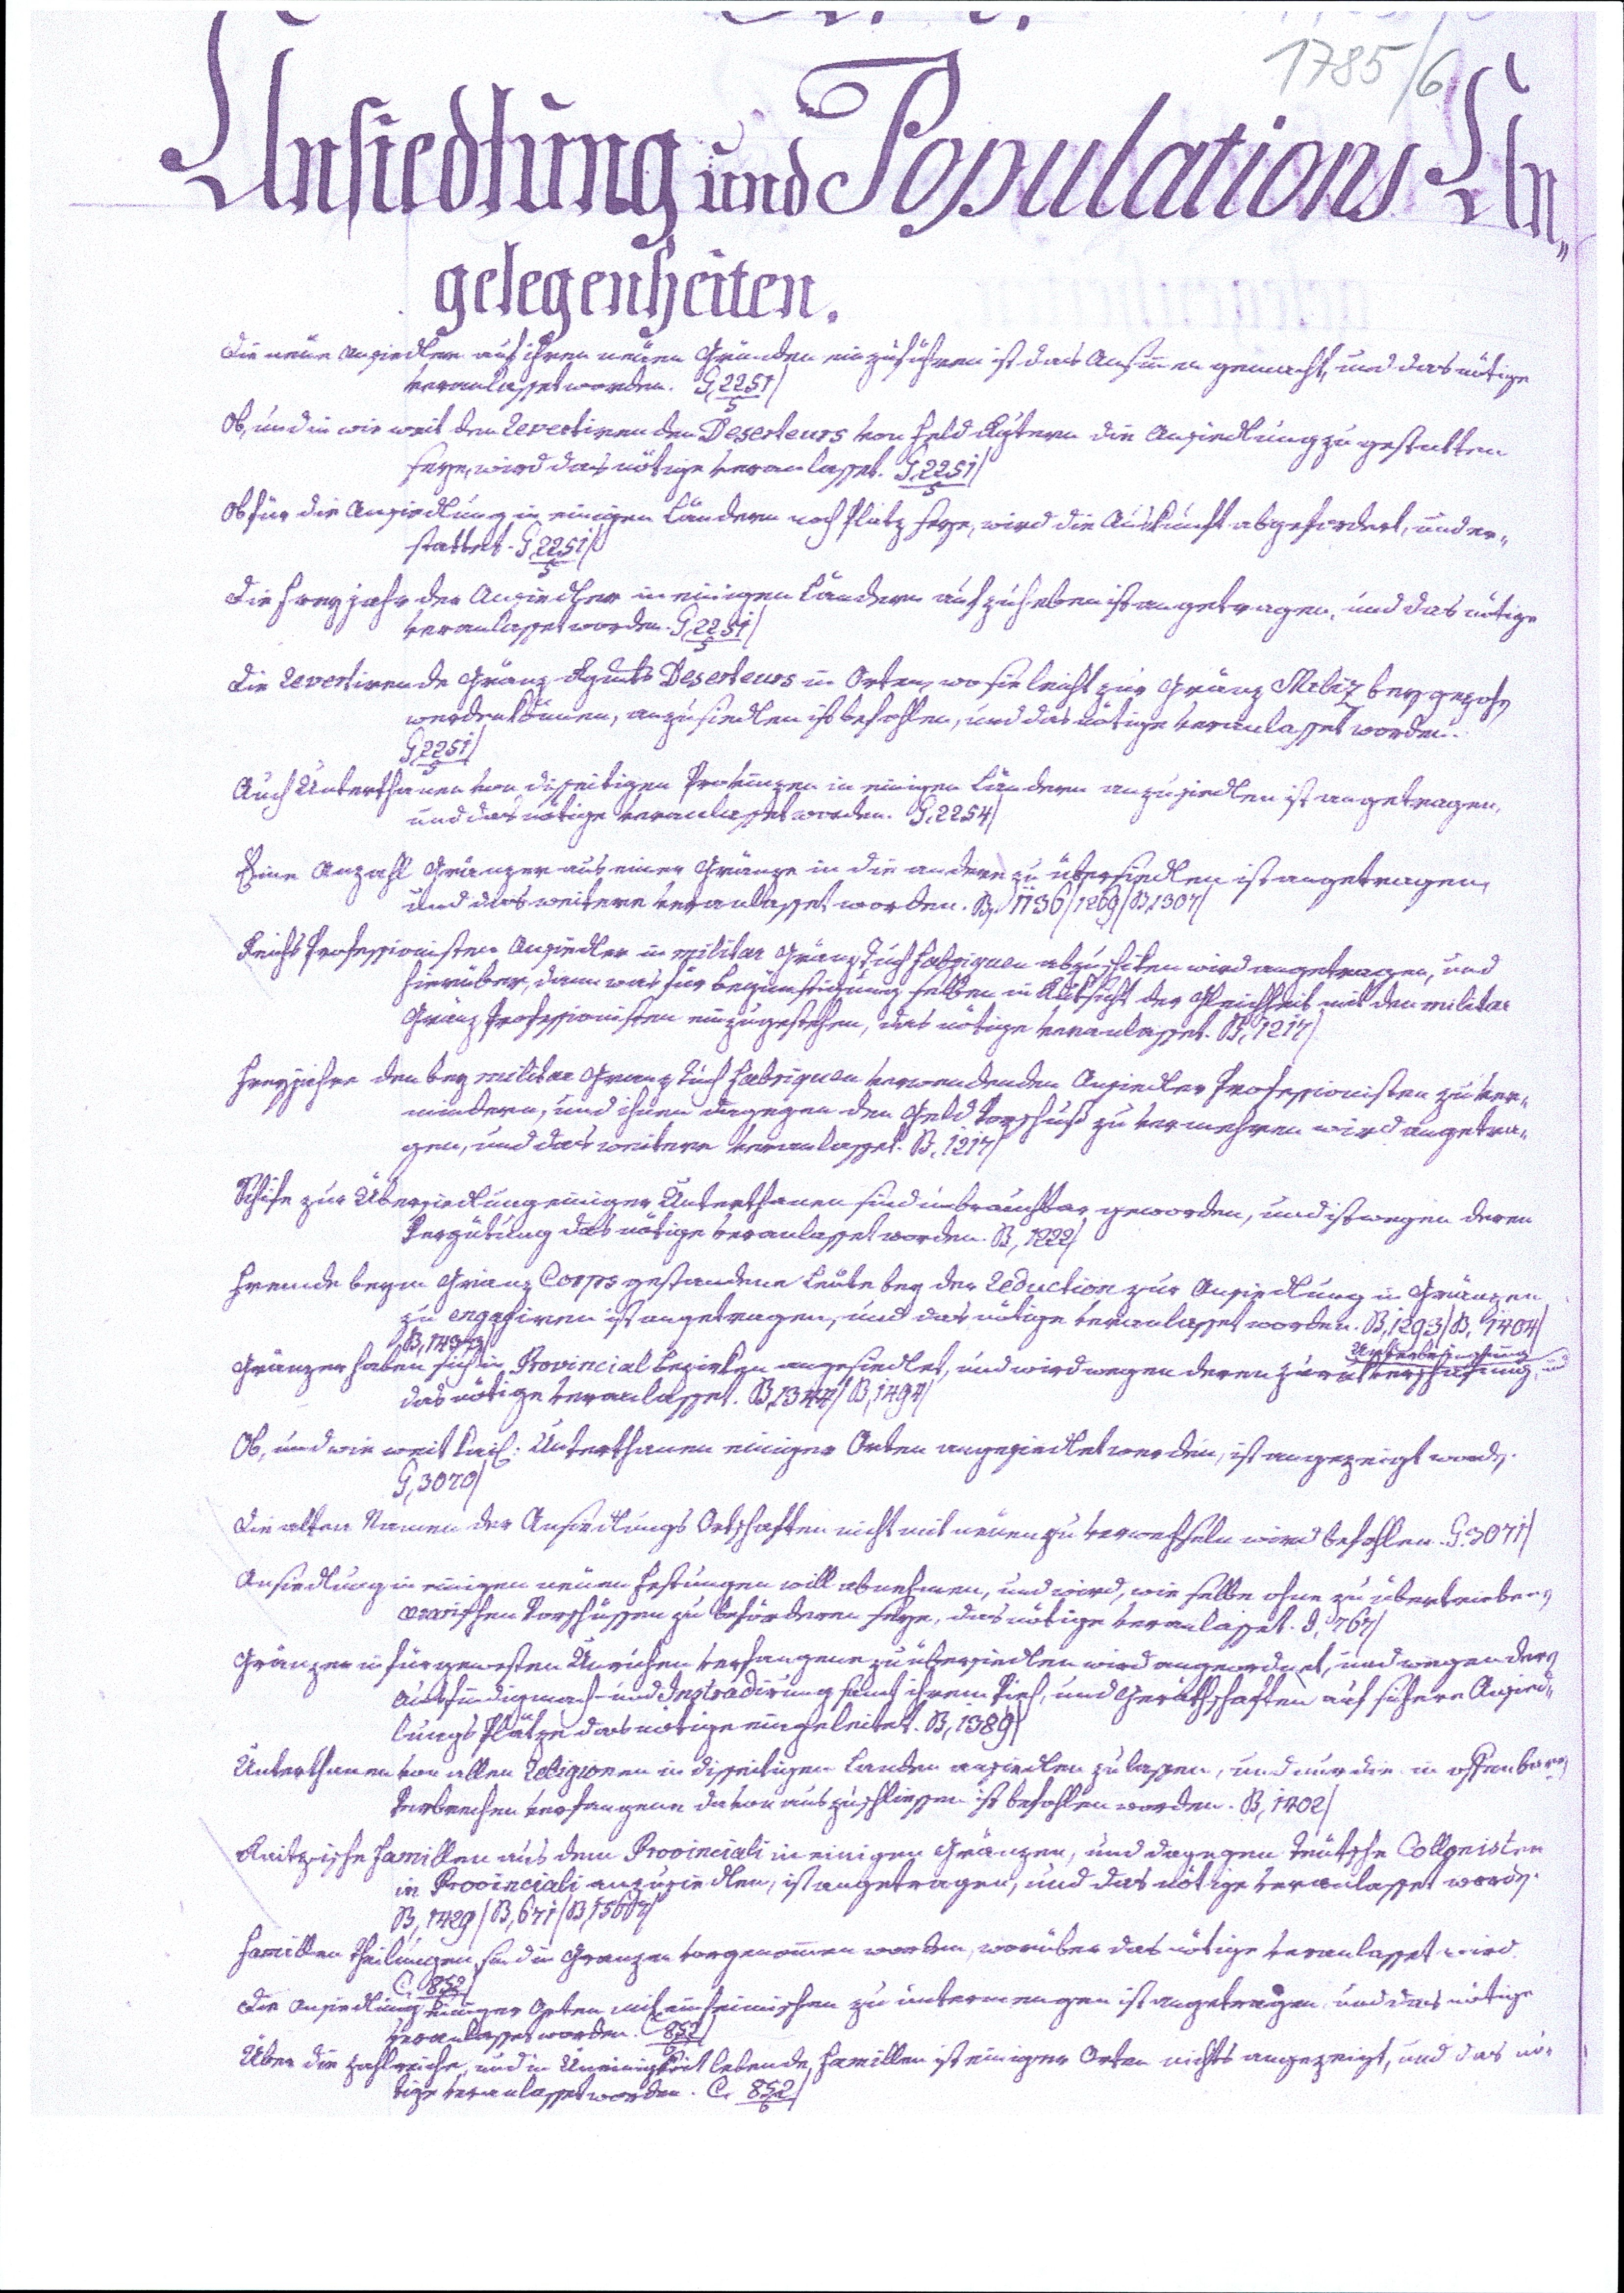
1785/6
Ansiedlung und Populations An¬
gelegenheiten.
Die neue Ansiedler auf ihren neuen Gründen einzuführen ist das Ansinnen gemacht, und das nötige
veranlasset worden. G,2251/5/
Ob, und in wie weit den Revertirenden Deserteurs von Feld Rgtern die Ansiedlung zu gestatten
seye, wird das nötige veranlasset. G,2251/5/
Ob für die Ansiedlung in einigen Ländern noch Platz seye, wird die Auskunft abgefordert, und er¬
stattet. G,2251/5/
Die Freyjahr der Ansiedler in einigen Ländern aufzuheben ist angetragen, und das nötige
veranlasset worden. G,2251/5/
Die Revertirende Gränz Rgmts Deserteurs in Orten, wo sie leicht zur Gränz Miliz beygezohen
werden können, anzusiedlen ist befohlen, und das nötige veranlasset worden.
G,2251/5/
Auch Unterthanen von disseitigen Provinzen in einigen Ländern anzusiedlen ist angetragen,
und das nötige veranlasset worden. G,2254/
Eine Anzahl Gränzer aus einer Gränze in die andere zu übersiedlen ist angetragen,
und das weitere veranlasset worden. B,1136/1269/B,1307/
Reichs Professionisten Ansiedler in militar Gränz Tuchfabriquen abzuschiken wird angetragen, und
hierüber, dann was für Begünstigung selben in Rüksicht der Gleichheit mit den militar
Gränz Professionisten einzugestehen, das nötige veranlasset. B,1217/
Freyjahre den bey militar Granz Tuchfabriquen verwendenden Ansiedler Professionisten zu ver¬
mindern, und ihnen dagegen den Geld Vorschuß zu vermehren wird angetra¬
gen, und das weitere veranlasset. B,1217/
Schife zur Übersiedlung einiger Unterthanen sind unbrauchbar geworden, und ist wegen deren
Vergütung das nötige veranlasset worden. B,1222/
Fremde beym Gränz Corps gestandene Leute bey der Reduction zur Ansiedlung in Gränzen
zu engagiren ist angetragen, und das nötige veranlasset worden. B,1293/B,1404/
B,1433/
Gränzer haben sich in Provincial Bezirken angesiedlet, und wird wegen deren Zurukverschafung, und Unterbringung
das nötige veranlasset. B,1347/B,1494/
Ob, und wie weit kai. Unterthanen einiger Orten angesiedlet werden, ist angezeigt worden.
G,3070/
Die alten Namen der Ansiedlungs Ortschaften nicht mit neuen zu verwechseln wird befohlen. G.3071/
Ansiedlung in einigen neuen Festungen will abnehmen, und wird, wie selbe ohne zu übertriebenen
aerarischen Vorschüssen zu befördern seye, das nötige veranlasset. I,767/
Gränzen in fürgewesten Unrichen verfangene zu übersiedlen wird angeordnet, und wegen deren
Ausfündigmach- und Instradirung samt ihrem Vieh, und Geräthschaften auf sichern Ansied¬
lungs Plätze das nötige eingeleitet. B,1389/
Unterthanen von allen Religionen in disseitigen Landen ansiedlen zu lassen, und nur die in offenbaren
Verbrechen verfangene davon auszuschliessen ist befohlen worden. B,1402/
Raitzische Famillen aus dem Provinciali in einigen Gränzen, und dagegen Teutsche Collonisten
in Provinciali anzusiedlen, ist angetragen, und das nötige veranlasset worden.
B,1429/B,671/B,1567/
Famillen Theilungen sind in Granzen vorgenommen worden, worüber das nötige veranlasset wird
C,852/
Die Ansiedlung einiger Orten mit einheimischen zu untermengen ist angetragen, und das nötige
veranlasset worden. C 852/
Über die zahlreiche, und in Uneinigkeit lebende Famillen ist einger Orten nichts angezeigt, und das nö¬
tige veranlasset worden. C,852/6/